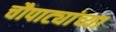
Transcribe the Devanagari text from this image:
चौपाट्यांच्या